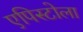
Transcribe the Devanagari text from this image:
एपिस्टोला